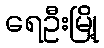
ရေဦးမြို့